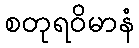
စတုရဝိမာနံ